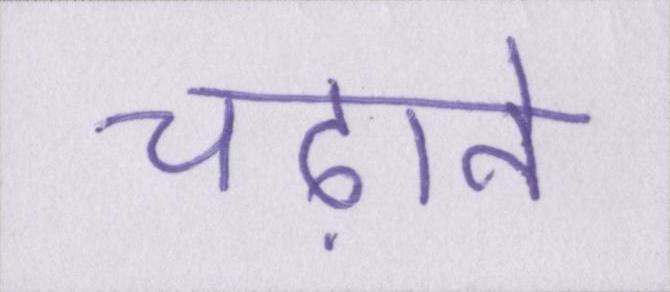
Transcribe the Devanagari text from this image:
चढ़ाने